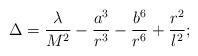
LaTeX: \begin{align*}\Delta=\frac{\lambda}{M^2}-\frac{a^3}{r^3}-\frac{b^6}{r^6}+\frac{r^2}{l^2};\end{align*}